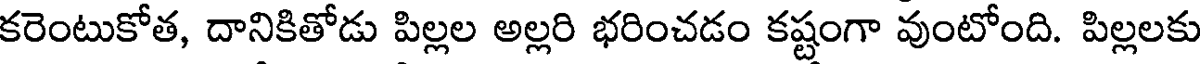
కరెంటుకోత, దానికితోడు పిల్లల అల్లరి భరించడం కష్టంగా వుంటోంది. పిల్లలకు